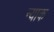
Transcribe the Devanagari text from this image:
न्याक